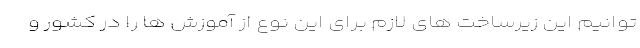
توانیم این زیرساخت های لازم برای این نوع از آموزش ها را در کشور و